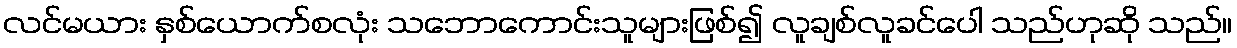
လင်မယား နှစ်ယောက်စလုံး သဘောကောင်းသူများဖြစ်၍ လူချစ်လူခင်ပေါ သည်ဟုဆို သည်။